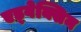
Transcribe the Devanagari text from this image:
एड्वेक्सिन